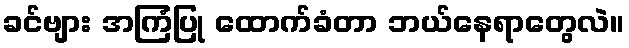
ခင်ဗျား အကြံပြု ထောက်ခံတာ ဘယ်နေရာတွေလဲ။